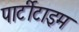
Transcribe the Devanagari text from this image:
पार्टीटाइम